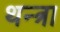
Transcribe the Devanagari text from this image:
थन्त्रा